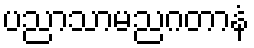
ပညာသာမညဂတာနံ